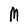
Character: M